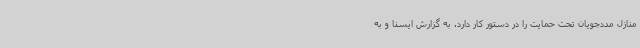
منازل مددجویان تحت حمایت را در دستور کار دارد. به گزارش ایسنا و به